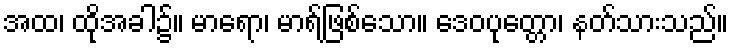
အထ၊ ထိုအခါ၌။ မာရော၊ မာရ်ဖြစ်သော။ ဒေဝပုတ္တော၊ နတ်သားသည်။